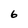
Character: 6